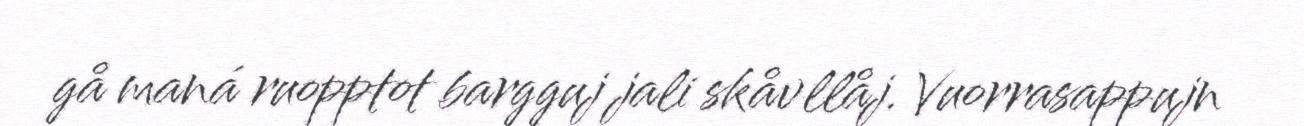
gå maná ruopptot bargguj jali skåvllåj. Vuorrasappujn